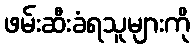
ဖမ်းဆီးခံရသူများကို